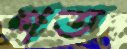
শত